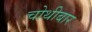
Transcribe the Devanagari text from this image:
चोथीबार